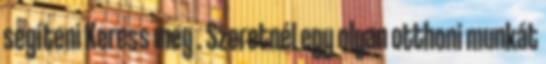
segíteni Keress meg . Szeretnél egy olyan otthoni munkát